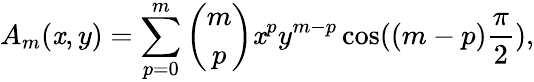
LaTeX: A_{m}(\mathit{x},y)=\sum_{p=0}^{m}{\binom{m}{p}}\mathit{x}^{p}y^{m-p}\cos((m-p){\frac{{\pi}}{{2}}}),